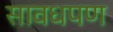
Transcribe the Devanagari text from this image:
सावधपण